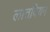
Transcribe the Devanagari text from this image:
लातवियन